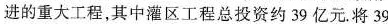
进的重大工程，其中灌区工程总投资约39亿元.将39